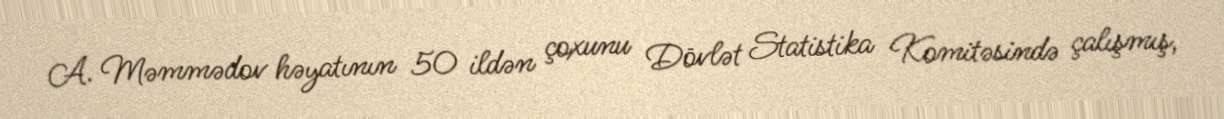
A. Məmmədov həyatının 50 ildən çoxunu Dövlət Statistika Komitəsində çalışmış,